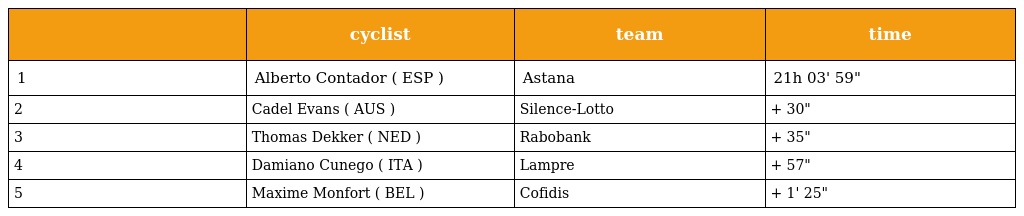
|  | cyclist | team | time |
 | --- | --- | --- | --- |
 | 1 | Alberto Contador ( ESP ) | Astana | 21h 03' 59" |
 | 2 | Cadel Evans ( AUS ) | Silence-Lotto | + 30" |
 | 3 | Thomas Dekker ( NED ) | Rabobank | + 35" |
 | 4 | Damiano Cunego ( ITA ) | Lampre | + 57" |
 | 5 | Maxime Monfort ( BEL ) | Cofidis | + 1' 25" |